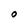
Character: O